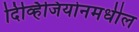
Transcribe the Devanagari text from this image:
दिव्हिजियोनमधील